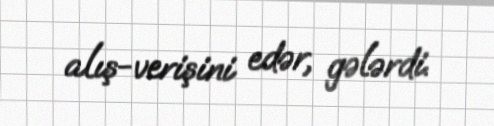
alış-verişini edər, gələrdi.